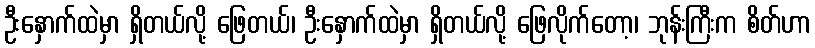
ဦးနှောက်ထဲမှာ ရှိတယ်လို့ ဖြေတယ်၊ ဦးနှောက်ထဲမှာ ရှိတယ်လို့ ဖြေလိုက်တော့၊ ဘုန်းကြီးက စိတ်ဟာ